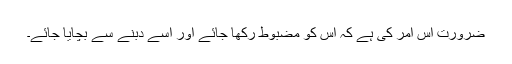
ضرورت اس امر کی ہے کہ اس کو مضبوط رکھا جائے اور اسے دبنے سے بچایا جائے۔